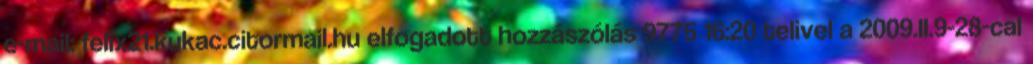
e-mail: felix21.kukac.citormail.hu elfogadott hozzászólás 9775 16:20 telivel a 2009.II.9-28-cal